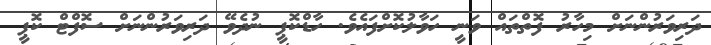
ދަރިވަރުންނަށް މިހާރު ފޮތްތައް ވަނީ ހަވާލުކޮށްފައެވެ. ހާޑްކޮޕީ ނުދެވޭ ދަރިވަރުންނަށް ސޮފްޓް ކޮޕީ